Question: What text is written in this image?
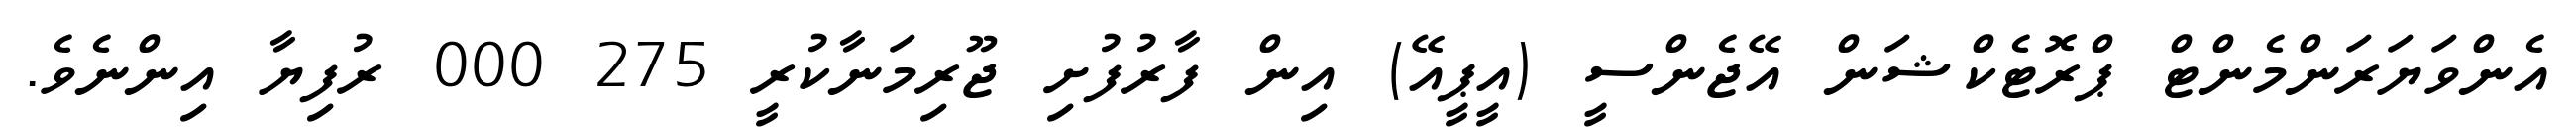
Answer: އެންވަޔަރަންމެންޓް ޕްރޮޓެކްޝަން އޭޖެންސީ (އީޕީއޭ) އިން ފާރުފުށި ޖޫރިމަނާކުރީ 275 000 ރުފިޔާ އިންނެވެ.